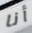
أنا